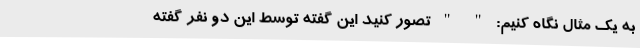
به یک مثال نگاه کنیم: " " تصور کنید این گفته توسط این دو نفر گفته